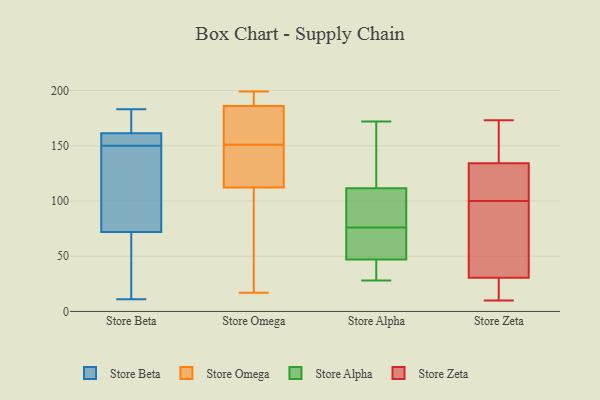
{"axis": {"x": "Revenue (USD Million)", "y": "Value"}, "legend": ["Store Alpha", "Store Beta", "Store Omega", "Store Zeta"], "data": [{"x": "", "y": 62, "type": "Store Beta"}, {"x": "", "y": 113, "type": "Store Beta"}, {"x": "", "y": 183, "type": "Store Beta"}, {"x": "", "y": 70, "type": "Store Beta"}, {"x": "", "y": 151, "type": "Store Beta"}, {"x": "", "y": 159, "type": "Store Beta"}, {"x": "", "y": 162, "type": "Store Beta"}, {"x": "", "y": 29, "type": "Store Beta"}, {"x": "", "y": 163, "type": "Store Beta"}, {"x": "", "y": 157, "type": "Store Beta"}, {"x": "", "y": 11, "type": "Store Beta"}, {"x": "", "y": 117, "type": "Store Beta"}, {"x": "", "y": 78, "type": "Store Beta"}, {"x": "", "y": 180, "type": "Store Beta"}, {"x": "", "y": 150, "type": "Store Beta"}, {"x": "", "y": 186, "type": "Store Omega"}, {"x": "", "y": 187, "type": "Store Omega"}, {"x": "", "y": 69, "type": "Store Omega"}, {"x": "", "y": 126, "type": "Store Omega"}, {"x": "", "y": 163, "type": "Store Omega"}, {"x": "", "y": 151, "type": "Store Omega"}, {"x": "", "y": 143, "type": "Store Omega"}, {"x": "", "y": 17, "type": "Store Omega"}, {"x": "", "y": 111, "type": "Store Omega"}, {"x": "", "y": 116, "type": "Store Omega"}, {"x": "", "y": 186, "type": "Store Omega"}, {"x": "", "y": 175, "type": "Store Omega"}, {"x": "", "y": 188, "type": "Store Omega"}, {"x": "", "y": 182, "type": "Store Omega"}, {"x": "", "y": 194, "type": "Store Omega"}, {"x": "", "y": 199, "type": "Store Omega"}, {"x": "", "y": 43, "type": "Store Omega"}, {"x": "", "y": 94, "type": "Store Omega"}, {"x": "", "y": 141, "type": "Store Omega"}, {"x": "", "y": 44, "type": "Store Alpha"}, {"x": "", "y": 172, "type": "Store Alpha"}, {"x": "", "y": 28, "type": "Store Alpha"}, {"x": "", "y": 48, "type": "Store Alpha"}, {"x": "", "y": 102, "type": "Store Alpha"}, {"x": "", "y": 76, "type": "Store Alpha"}, {"x": "", "y": 156, "type": "Store Alpha"}, {"x": "", "y": 116, "type": "Store Alpha"}, {"x": "", "y": 60, "type": "Store Alpha"}, {"x": "", "y": 102, "type": "Store Alpha"}, {"x": "", "y": 110, "type": "Store Alpha"}, {"x": "", "y": 35, "type": "Store Alpha"}, {"x": "", "y": 62, "type": "Store Alpha"}, {"x": "", "y": 141, "type": "Store Zeta"}, {"x": "", "y": 147, "type": "Store Zeta"}, {"x": "", "y": 19, "type": "Store Zeta"}, {"x": "", "y": 12, "type": "Store Zeta"}, {"x": "", "y": 127, "type": "Store Zeta"}, {"x": "", "y": 135, "type": "Store Zeta"}, {"x": "", "y": 132, "type": "Store Zeta"}, {"x": "", "y": 10, "type": "Store Zeta"}, {"x": "", "y": 12, "type": "Store Zeta"}, {"x": "", "y": 66, "type": "Store Zeta"}, {"x": "", "y": 100, "type": "Store Zeta"}, {"x": "", "y": 125, "type": "Store Zeta"}, {"x": "", "y": 169, "type": "Store Zeta"}, {"x": "", "y": 27, "type": "Store Zeta"}, {"x": "", "y": 106, "type": "Store Zeta"}, {"x": "", "y": 41, "type": "Store Zeta"}, {"x": "", "y": 42, "type": "Store Zeta"}, {"x": "", "y": 173, "type": "Store Zeta"}, {"x": "", "y": 48, "type": "Store Zeta"}]}